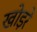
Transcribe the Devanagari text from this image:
खोड़रे